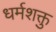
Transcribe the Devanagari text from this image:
धर्मशक्तु